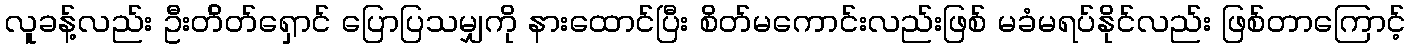
လူခန့်လည်း ဦးတ်ိတ်ရှောင် ပြောပြသမျှကို နားထောင်ပြီး စိတ်မကောင်းလည်းဖြစ် မခံမရပ်နိုင်လည်း ဖြစ်တာကြောင့်